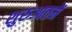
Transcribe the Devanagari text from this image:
शुरुआतमें